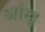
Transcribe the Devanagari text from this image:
आंखु